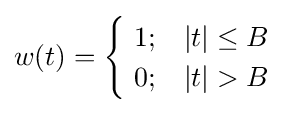
w(t)={\begin{cases}\ 1;&|t|\leq B\\\ 0;&|t|>B\end{cases}}